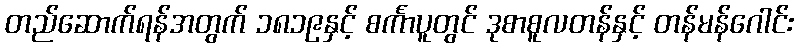
တည်ဆောက်ရန်အတွက် ၁၈၁၉နှင့် စင်္ကာပူတွင် ဒုစာစူလတန်နှင့် တန်မန်ဂေါင်း